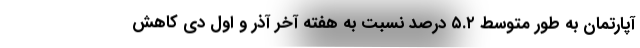
آپارتمان به طور متوسط ۵.۲ درصد نسبت به هفته آخر آذر و اول دی کاهش